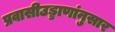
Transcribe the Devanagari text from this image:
प्रवासीउड्डाणांनुसार